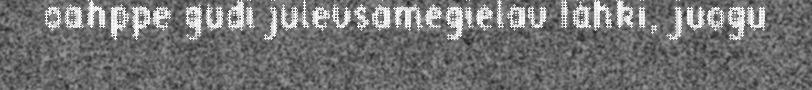
oahppe gudi julevsámegielav låhki, juogu